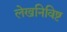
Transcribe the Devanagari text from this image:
लेखनिविष्ट